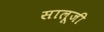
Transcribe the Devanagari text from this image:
सालूजी